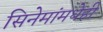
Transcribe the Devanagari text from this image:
सिनेमांमधेही